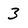
Character: 3